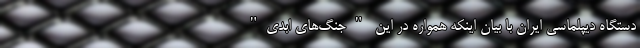
دستگاه دیپلماسی ایران با بیان اینکه همواره در این "جنگ‌های ابدی"